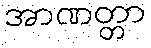
အာဏတ္တာ